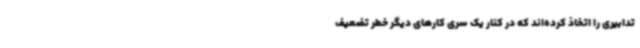
تدابیری را اتخاذ کرده‌اند که در کنار یک سری کارهای دیگر خطر تضعیف